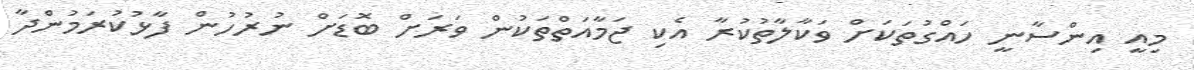
މިއީ އިންސާނީ ހައްގުތަކަށް ވަކާލާތުކުރާ އެކި ޖަމާއަތްތަކުން ވަރަށް ބޮޑަށް ނުރުހުން ފާޅުކުރަމުންދާ